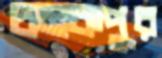
চমকপুর